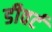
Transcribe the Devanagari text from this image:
डीवर्ट